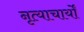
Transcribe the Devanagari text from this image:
नृत्याचार्यों